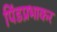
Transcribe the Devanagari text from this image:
पिंडप्रभाकर